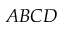
A B C D